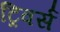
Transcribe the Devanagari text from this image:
ट्रिवर्स